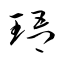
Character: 珸